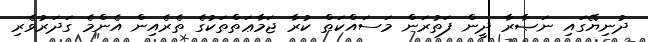
ދުނިޔޭގައި ނަޞާރާ ދީން ފަތުރަން މަސައްކަތް ކުރާ ޖަމާޢަތްތަކުގެ ތެރެއިން އެންމެ ގަދަރުވެރި